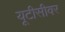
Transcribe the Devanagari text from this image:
यूटीसीवर